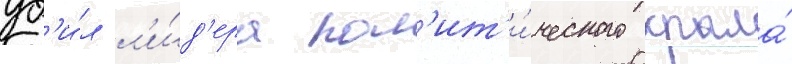
уб'и́л л'и́д'ера пол'ит'и́ческого крыла́